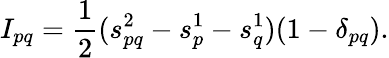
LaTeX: I_{pq}=\frac{1}{2}(s_{pq}^{2}-s_{p}^{1}-s_{q}^{1})(1-\delta_{pq}).